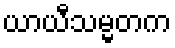
ယာယီသမ္မတက